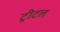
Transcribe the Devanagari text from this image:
ट्रीटल